Calcutta medical institutions reports 1879-81 [i.e.91]
Year: 1879
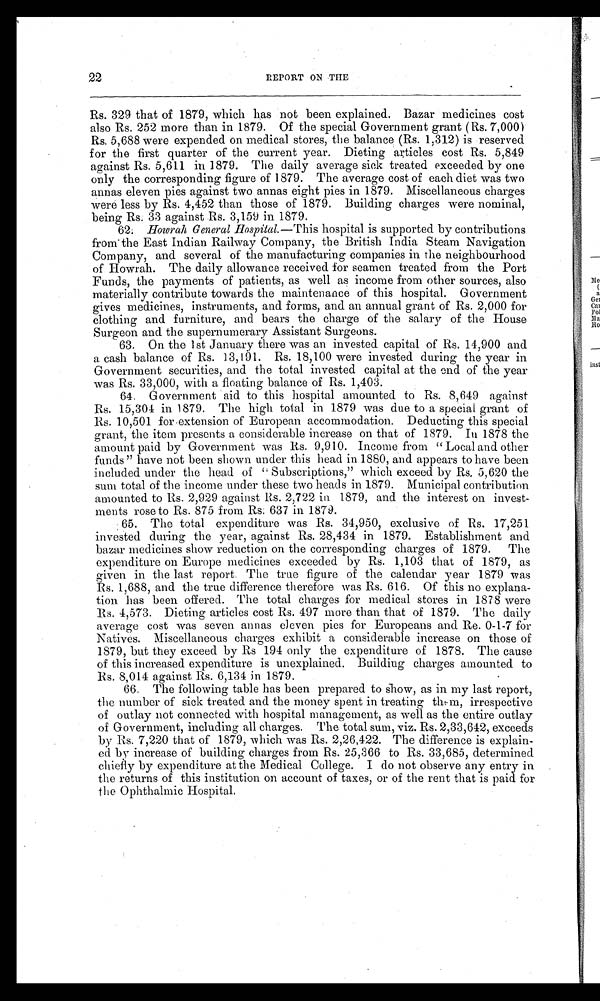
22
REPORT ON THE
Rs. 329 that of 1879, which has not been explained. Bazar medicines cost
also Rs. 252 more than in 1879. Of the special Government grant (Rs. 7,000)
Rs. 5,688 were expended on medical stores, the balance (Rs. 1,312) is reserved
for the first quarter of the current year. Dieting articles cost Rs. 5,849
against Rs. 5,611 in 1879. The daily average sick treated exceeded by one
only the corresponding figure of 1879. The average cost of each diet was two
annas eleven pies against two annas eight pies in 1879. Miscellaneous charges
were less by Rs. 4,452 than those of 1879. Building charges were nominal,
being Rs. 33 against Rs. 3,159 in 1879.
62. Howrah General Hospital.—This hospital is supported by contributions
from the East Indian Railway Company, the British India Steam Navigation
Company, and several of the manufacturing companies in the neighbourhood
of Howrah. The daily allowance received for seamen treated from the Port
Funds, the payments of patients, as well as income from other sources, also
materially contribute towards the maintenance of this hospital. Government
gives medicines, instruments, and forms, and an annual grant of Rs. 2,000 for
clothing and furniture, and bears the charge of the salary of the House
Surgeon and the supernumerary Assistant Surgeons.
63. On the 1st January there was an invested capital of Rs. 14,900 and
a cash balance of Rs. 13,191. Rs. 18,100 were invested during the year in
Government securities, and the total invested capital at the end of the year
was Rs. 33,000, with a floating balance of Rs. 1,403.
64. Government aid to this hospital amounted to Rs. 8,649 against
Rs. 15,304 in 1879. The high total in 1879 was due to a special grant of
Rs. 10,501 for extension of European accommodation. Deducting this special
grant, the item presents a considerable increase on that of 1879. In 1878 the
amount paid by Government was Rs. 9,910. Income from " Local and other
funds " have not been shown under this head in 1880, and appears to have been
included under the head of "Subscriptions," which exceed by Rs. 5,620 the
sum total of the income under these two heads in 1879. Municipal contribution
amounted to Rs. 2,929 against Rs. 2,722 in 1879, and the interest on invest-
ments rose to Rs. 875 from Rs. 637 in 1879.
65. The total expenditure was Rs. 34,950, exclusive of Rs. 17,251
invested during the year, against Rs. 28,434 in 1879. Establishment and
bazar medicines show reduction on the corresponding charges of 1879. The
expenditure on Europe medicines exceeded by Rs. 1,103 that of 1879, as
given in the last report. The true figure of the calendar year 1879 was
Rs. 1,688, and the true difference therefore was Rs. 616. Of this no explana-
tion has been offered. The total charges for medical stores in 1878 were
Rs. 4,573. Dieting articles cost Rs. 497 more than that of 1879. The daily
average cost was seven annas eleven pies for Europeans and Re. 0-1-7 for
Natives. Miscellaneous charges exhibit a considerable increase on those of
1879, but they exceed by Rs 194 only the expenditure of 1878. The cause
of this increased expenditure is unexplained. Building charges amounted to
Rs. 8,014 against Rs. 6,134 in 1879.
66. The following table has been prepared to show, as in my last report,
the number of sick treated and the money spent in treating them, irrespective
of outlay not connected with hospital management, as well as the entire outlay
of Government, including all charges. The total sum, viz. Rs. 2,33,642, exceeds
by Rs. 7,220 that of 1879, which was Rs. 2,26,422. The difference is explain-
ed by increase of building charges from Rs. 25,366 to Rs. 33,685, determined
chiefly by expenditure at the Medical College. I do not observe any entry in
the returns of this institution on account of taxes, or of the rent that is paid for
the Ophthalmic Hospital.